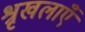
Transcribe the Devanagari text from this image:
श्रृखलाएँ